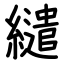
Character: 繾